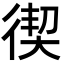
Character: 𭛸